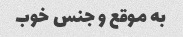
به موقع و جنس خوب